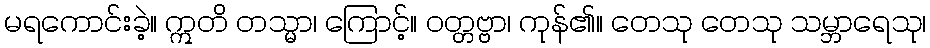
မရကောင်းခဲ့။ ဣတိ တသ္မာ၊ ကြောင့်။ ဝတ္တဗ္ဗာ၊ ကုန်၏။ တေသု တေသု သမ္ဘာရေသု၊